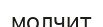
молчит